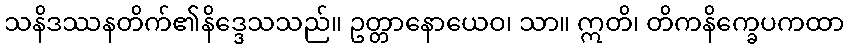
သနိဒဿနတိက်၏နိဒ္ဒေသသည်။ ဥတ္တာနောယေဝ၊ သာ။ ဣတိ၊ တိကနိက္ခေပကထာ